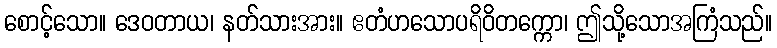
စောင့်သော။ ဒေဝတာယ၊ နတ်သားအား။ ဧတံဟသောပရိဝိတက္ကော၊ ဤသို့သောအကြံသည်။